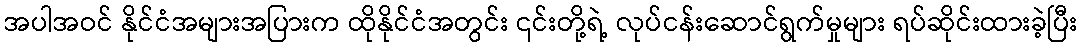
အပါအဝင် နိုင်ငံအများအပြားက ထိုနိုင်ငံအတွင်း ၎င်းတို့ရဲ့ လုပ်ငန်းဆောင်ရွက်မှုများ ရပ်ဆိုင်းထားခဲ့ပြီး